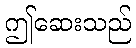
ဤဆေးသည်